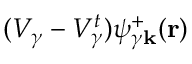
( V _ { \gamma } - V _ { \gamma } ^ { t } ) \psi _ { \gamma \bf { k } } ^ { + } ( \bf { r } )